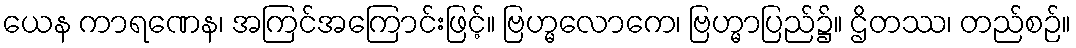
ယေန ကာရဏေန၊ အကြင်အကြောင်းဖြင့်။ ဗြဟ္မလောကေ၊ ဗြဟ္မာပြည်၌။ ဌိတဿ၊ တည်စဉ်။